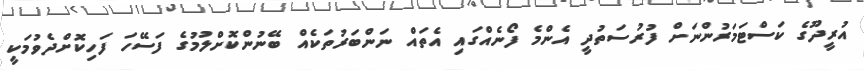
އުރީދޫގެ ކަސްޓަމަރުންނަށް ފުރުސަތުދީ އެންމެ ފޯނެއްގައި އެތައް ނަންބަރުތަކެއް ބޭނުންކޮށްލުމުގެ ފަސޭހަ ފަހިކޮށްދެވުމަކީ